Civil Veterinary Department. Madras. Admin. report 1926-33 - 1926-1933
Year: 1926
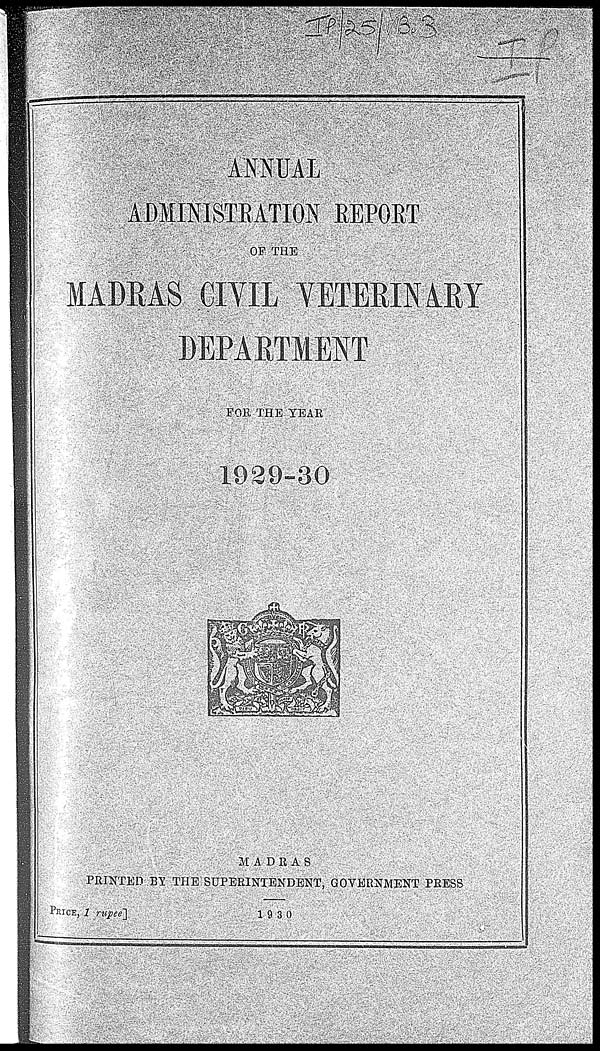
ANNUAL
ADMINISTRATION REPORT
OF THE
MADRAS CIVIL VETERINARY
DEPARTMENT
FOR THE YEAR
1929-30
MADRAS
PRINTED BY THE SUPERINTENDENT, GOVERNMENT PRESS
PRICE, 1
rupee]
1930